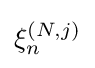
\xi _{n}^{(N,j)}